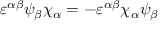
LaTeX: \varepsilon ^ { \alpha \beta } \psi _ { \beta } \chi _ { \alpha } = - \varepsilon ^ { \alpha \beta } \chi _ { \alpha } \psi _ { \beta }